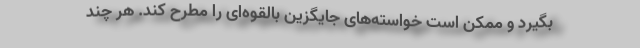
بگیرد و ممکن است خواسته‌های جایگزین بالقوه‌ای را مطرح کند. هر چند